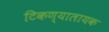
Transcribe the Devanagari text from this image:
टिकण्यालायक